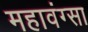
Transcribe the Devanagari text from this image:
महावंग्सा